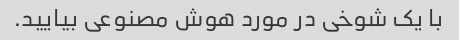
با یک شوخی در مورد هوش مصنوعی بیایید.